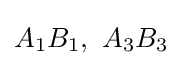
A_{1}B_{1},\ A_{3}B_{3}